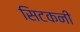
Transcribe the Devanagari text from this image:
सिटकनी